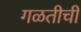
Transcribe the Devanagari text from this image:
गळतीची